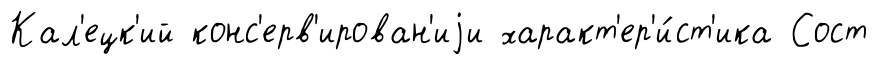
Кал'ецк'ий конс'ерв'ирован'иjи характ'ер'и́ст'ика Сост